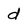
Character: d